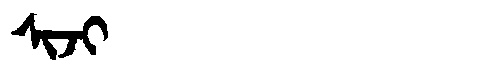
Manchu: ᠰᡳᠵᡳ
Romanization: SIJI